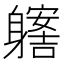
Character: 𨊊